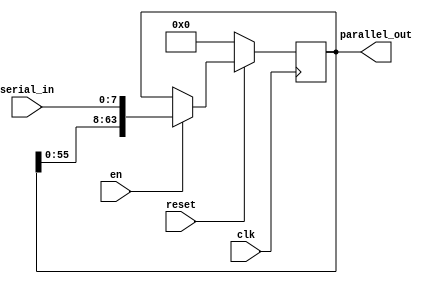
module shift_register #(parameter N = 8, parameter SIZE = 8) (
    input clk,
    input reset,
    input en,
    input [SIZE-1:0] serial_in,
    output reg [N*SIZE-1:0] parallel_out
);
    always @(posedge clk) begin
        if (~reset) begin
            parallel_out <= 0;
        end else if (en) begin
            parallel_out <= {parallel_out[N*SIZE-SIZE-1:0], serial_in};
        end
	else begin
	    parallel_out <= parallel_out;
	end
    end
endmodule